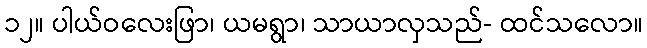
၁၂။ ပါယ်ဝလေးဖြာ၊ ယမရွာ၊ သာယာလှသည်- ထင်သလော။